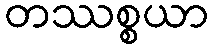
တဿစ္စယာ